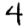
Digit: 4